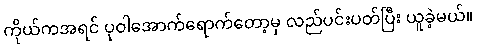
ကိုယ်ကအရင် ပုဝါအောက်ရောက်တော့မှ လည်ပင်းပတ်ပြီး ယူခဲ့မယ်။